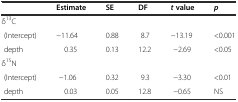
|  | Estimate | SE | DF | tvalue | p |
 | --- | --- | --- | --- | --- | --- |
 | δ13C |  |  |  |  |  |
 | (Intercept) | −11.64 | 0.88 | 8.7 | −13.19 | <0.001 |
 | depth | 0.35 | 0.13 | 12.2 | −2.69 | <0.05 |
 | δ15N |  |  |  |  |  |
 | (Intercept) | −1.06 | 0.32 | 9.3 | −3.30 | <0.01 |
 | depth | 0.03 | 0.05 | 12.8 | −0.65 | NS |